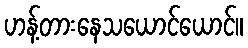
ဟန့်တားနေသယောင်ယောင်။